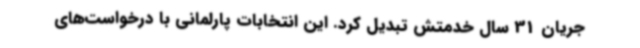
جریان 31 سال خدمتش تبدیل کرد. این انتخابات پارلمانی با درخواست‌های